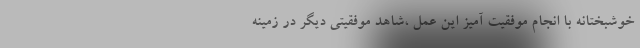
خوشبختانه با انجام موفقیت آمیز این عمل ،شاهد موفقیتی دیگر در زمینه